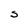
Character: S